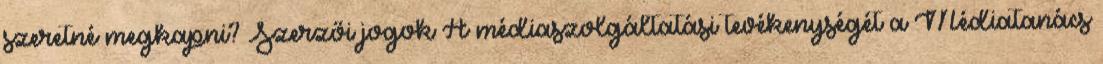
szeretné megkapni? Szerzői jogok A médiaszolgáltatási tevékenységét a Médiatanács